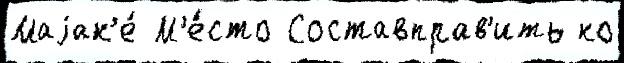
Маjак'е́ М'е́сто Составправ'ить ко